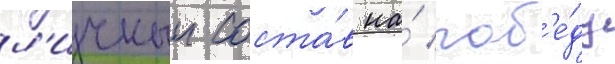
л'ичныи соста́в на́ поб'е́ду